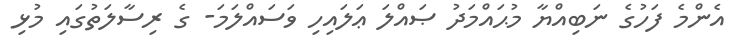
އެންމެ ފަހުގެ ނަބިއްޔާ މުޙައްމަދު ޞައްލަ ޢަލައިހި ވަސައްލަމަ- ގެ ރިސާލަތުގައި މުޅި